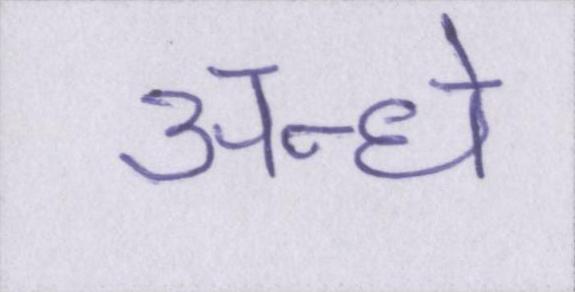
अन्धे